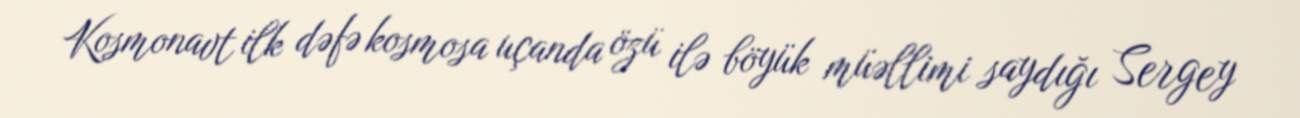
Kosmonavt ilk dəfə kosmosa uçanda özü ilə böyük müəllimi saydığı Sergey